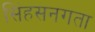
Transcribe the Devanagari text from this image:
सिंहसनगता